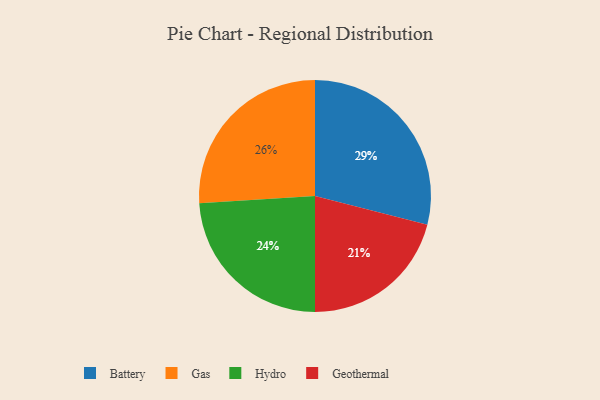
{"axis": {"x": "Category", "y": "Percentage"}, "legend": ["Battery", "Gas", "Geothermal", "Hydro"], "data": [{"x": "Gas", "y": 26, "type": "Gas"}, {"x": "Geothermal", "y": 21, "type": "Geothermal"}, {"x": "Hydro", "y": 24, "type": "Hydro"}, {"x": "Battery", "y": 29, "type": "Battery"}]}